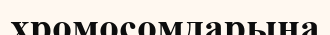
хромосомдарына